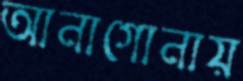
আনাগোনায়